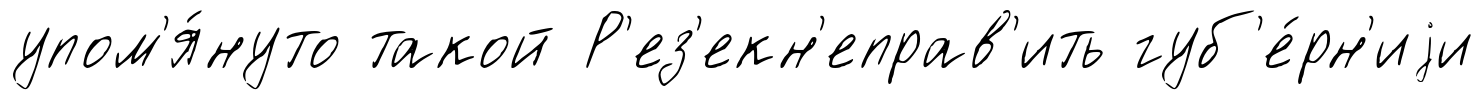
упом'я́нуто такой Р'ез'екн'еправ'ить губ'е́рн'иjи